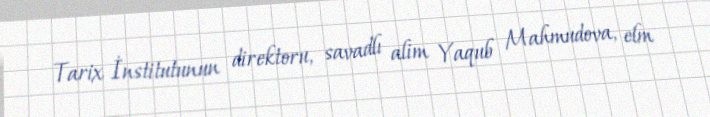
Tarix İnstitutunun direktoru, savadlı alim Yaqub Mahmudova, elm